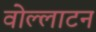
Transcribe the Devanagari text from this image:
वोल्लाटन